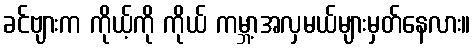
ခင်ဗျားက ကိုယ့်ကို ကိုယ် ကမ္ဘာ့အလှမယ်များမှတ်နေလား။